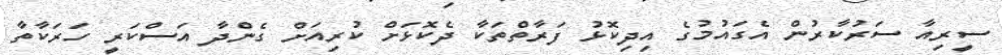
ސީރިއާ ސަރުކާރުން އެގައުމުގެ އިދިކޮޅު ފަރާތްތަކާ ދެކޮޅަށް ކުރިއަށް ގެންދާ އަސްކަރީ ހަރަކާތާ